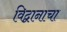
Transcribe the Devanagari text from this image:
विद्वानाचा